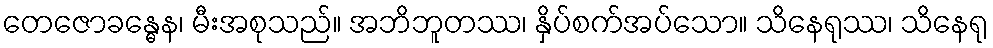
တေဇောခန္ဓေန၊ မီးအစုသည်။ အဘိဘူတဿ၊ နှိပ်စက်အပ်သော။ သိနေရုဿ၊ သိနေရု